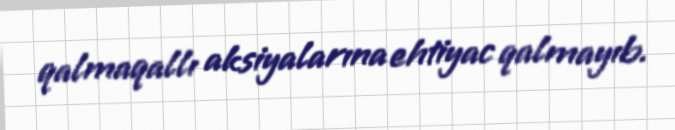
qalmaqallı aksiyalarına ehtiyac qalmayıb.